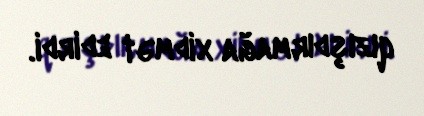
qızışdırmağa xidmət edirdi.